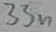
Text: 33n